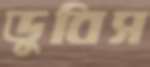
ডুবিস